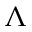
\Lambda